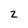
Character: z